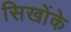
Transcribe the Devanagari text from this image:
सिखोंके